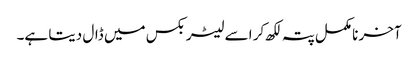
آخر نامکمل پتہ لکھ کر اسے لیٹر بکس میں ڈال دیتا ہے۔